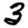
Digit: 3